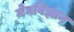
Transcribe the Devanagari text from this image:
मेघविज्ञान